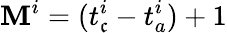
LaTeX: \mathbf{M}^{i}=(t_{\mathfrak{c}}^{i}-t_{a}^{i})+1